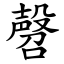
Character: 㲈